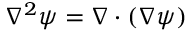
\nabla ^ { 2 } \psi = \nabla \cdot ( \nabla \psi )